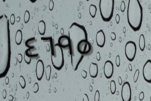
٤٦٩٥